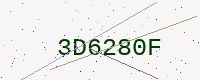
Text: 3D6280F